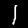
Label: 1